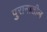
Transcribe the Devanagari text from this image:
पुरानातील